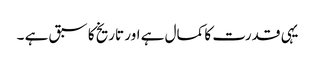
یہی قدرت کا کمال ہے اور تاریخ کا سبق ہے ۔